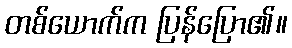
တစ်ယောက်က ပြန်ပြော၏။